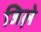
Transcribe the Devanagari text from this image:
जिले़